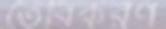
তৈরিকরণ